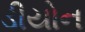
ડીયોન